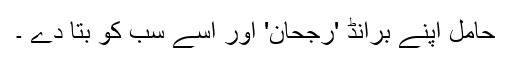
حامل اپنے برانڈ 'رجحان' اور اسے سب کو بتا دے ۔